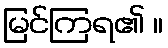
မြင်ကြရ၏ ။